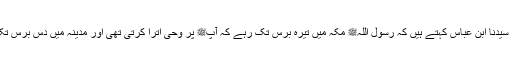
1592: سیدنا ابن عباسؓ کہتے ہیں کہ رسول اللہﷺ مکہ میں تیرہ برس تک رہے کہ آپﷺ پر وحی اترا کرتی تھی اور مدینہ میں دس برس تک رہے۔